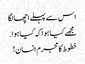
اس سے پہلے اچھا لگا
مجھے کیا ہوا کہ کیا ہوا.
خطوط کا مجرم انسان!